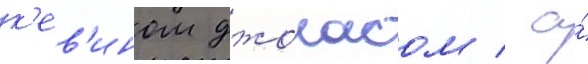
к'ев'ином джонасом / а́